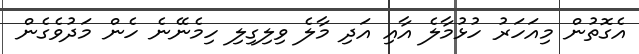
އެގޮތުން މިއަހަރު ހުޅުމާލެ އާއި އަދި މާލެ ވިލިގިލި ހިމެނޭނެ ހެން މަދުވެގެން